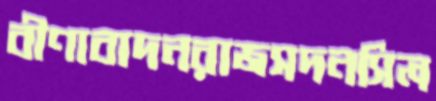
বীণাবাদনরাজসদনসিল